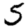
Digit: 5